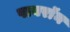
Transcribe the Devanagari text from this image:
पायराॅन